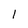
Character: 1